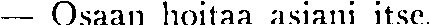
— Osaan hoitaa asiani itse.